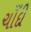
ચાઁદી